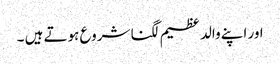
اور اپنے والد عظیم لگنا شروع ہوتے ہیں‌ ۔